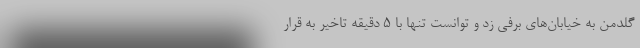
گلدمن به خیابان‌های برفی زد و توانست تنها با ۵ دقیقه تاخیر به قرار